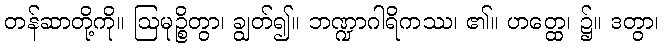
တန်ဆာတို့ကို။ ဩမုဉ္စိတွာ၊ ချွတ်၍။ ဘဏ္ဍာဂါရိကဿ၊ ၏။ ဟတ္ထေ၊ ၌။ ဒတွာ၊